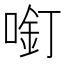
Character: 𱓸